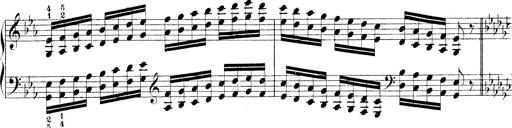
Title: Technische Studien
Composer: Franz Liszt